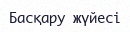
Басқару жүйесі